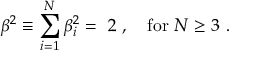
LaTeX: \beta ^ { 2 } \equiv \sum _ { i = 1 } ^ { N } { \beta } _ { i } ^ { 2 } = \ 2 \ , ~ ~ ~ \mathrm { f o r } \ N \ge 3 \ .